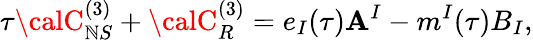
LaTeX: \tau{\calC}_{\mathbb{N}S}^{(3)}+{\calC}_{R}^{(3)}=e_{I}(\tau)\mathbf{A}^{I}-m^{I}(\tau)B_{I},